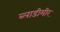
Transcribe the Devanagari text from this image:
ब्लाडीमीर